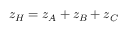
z _ { H } = z _ { A } + z _ { B } + z _ { C }